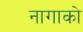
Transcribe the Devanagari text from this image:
नागाको